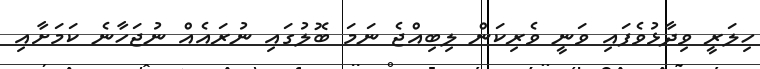
ހިލަރީ ވިދާޅުވެފައި ވަނީ ވެރިކަން ލިބިއްޖެ ނަމަ ބޮލުގައި ނުރައެއް ނުޖަހާނެ ކަމަށާއި